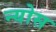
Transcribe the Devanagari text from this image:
न्योस